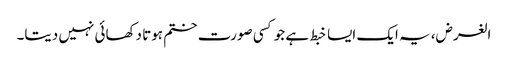
الغرض، یہ ایک ایسا خبط ہے جو کسی صورت ختم ہوتا دکھائی نہیں دیتا۔